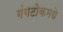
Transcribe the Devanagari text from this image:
गंगटोकमधे